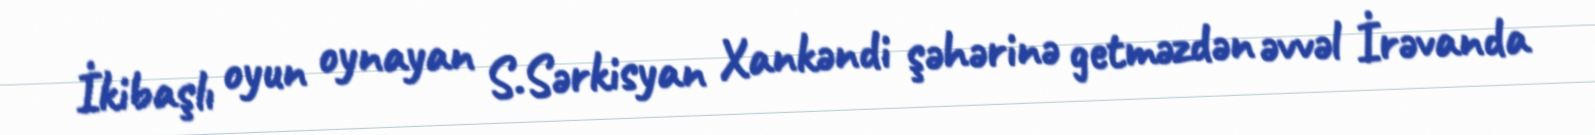
İkibaşlı oyun oynayan S.Sərkisyan Xankəndi şəhərinə getməzdən əvvəl İrəvanda